Annual vaccination report of Bihar and Orissa - 1911-1928
Year: 1911
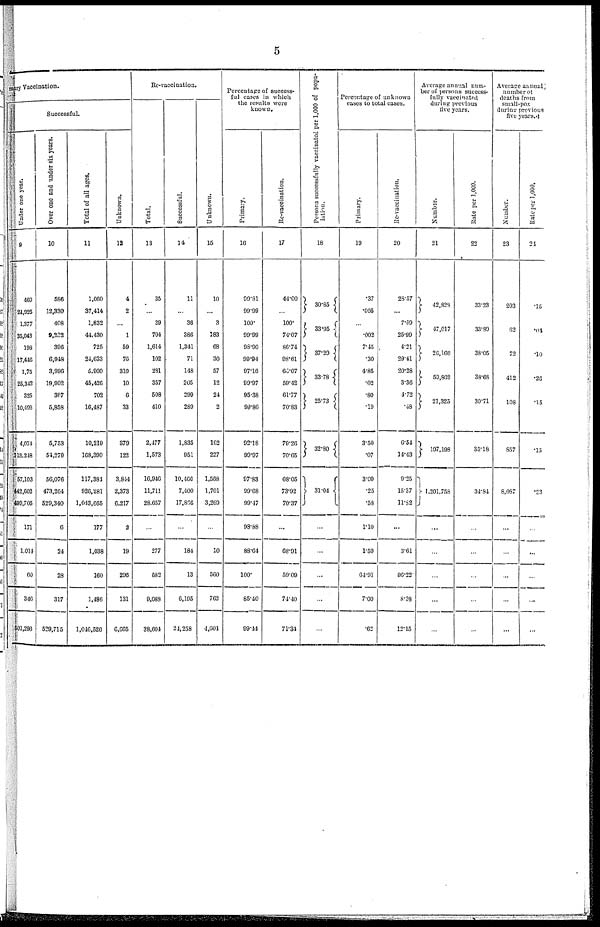
5
mary Vaccination.
Successful.
Under one year.
9
469
24,925
1,377
35,043
198
17,446
1,75
25,342
325
10,492
4,074
113,248
57,103
442,602
499,705
171
1,014
60
346
501,296
Over one and under six years.
10
586
12,330
408
9,232
396
6,948
3,996
19,902
367
5,858
5,753
54,270
56,076
473,264
529,340
6
24
28
317
529,715
Total of all ages.
11
1,060
37,414
1,832
44,430
725
24,633
5,900
45,426
702
16,487
10,219
168,390
117,381
926,281
1,043,665
177
1,038
160
1,486
1,046,526
Unknown.
12
4
2
...
1
59
76
310
10
6
33
379
122
3,844
2,373
6,217
2
19
296
131
6,665
Re-vaccination.
Total.
13
35
...
39
704
1,614
102
281
357
508
410
2,477
1,573
10,946
11,711
28,657
...
277
582
9,083
38,604
Successful.
14
11
...
36
386
1,341
71
148
205
299
289
1,835
951
10,466
7,400
17,866
...
184
13
6,195
24,258
Unknown.
15
10
...
3
183
68
30
57
12
24
2
162
227
1,568
1,701
3,269
...
10
560
762
4,601
Percentage of success-
ful cases in which
the results were
known.
Primary.
16
99.81
99.99
100.
99.99
98.90
99.94
97.16
99.97
95.38
99.86
92.18
99.97
97.83
99.68
99.47
98.88
88.64
100.
85.40
99.44
Re-vaccination.
17
44.00
...
100.
74.07
86.74
98.61
66.07
59.42
61.77
70.83
79.26
70.65
68.05
73.92
70.37
...
68.91
59.09
74.40
71.34
Persons successfully vaccinated per 1,000 of popu-
lation.
18
30.85
33.95
37.29
33.78
25.73
32.80
31.04
...
...
...
...
...
Percentage of unknown
cases to total cases.
Primary.
19
.37
.605
...
.002
7.45
.30
4.85
.02
.80
.19
3.50
.07
3.09
.25
.58
1.10
1.59
64.91
7.00
.62
Re-vaccination.
20
28.57
...
7.69
25.99
4.21
29.41
20.28
3.36
4.72
.48
6.54
14.43
9.25
15.37
11.82
...
3.61
96.22
8.38
12.15
Average annual num-
ber of persons success-
fully vaccinated
during previous
five years.
Number.
21
42,828
47,017
26,166
59,862
21,325
197,198
1,201,758
...
...
...
...
...
Rate per 1,000.
22
33.23
33.89
38.05
38.68
30.71
35.18
34.84
...
...
...
...
...
Average annual
number of
deaths from
small-pox
during previous
five years.
Number.
23
203
62
72
412
108
857
8,087
...
...
...
...
...
Rate per 1,000.
24
.15
.04
.10
.26
.15
.15
.23
...
...
...
...
...